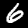
Digit: 6